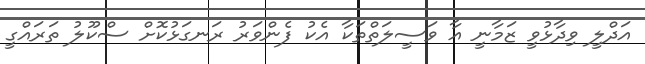
އަދްލީ ވިދާޅުވީ ޒަމާނީ އާ ވަސީލަތްތަކާ އެކު ފެންވަރު ރަނގަޅުކޮށް ސްކޫލު ތަރައްގީ